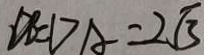
D B = D A = 2 \sqrt { 3 }